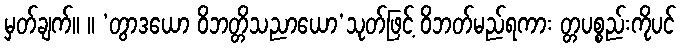
မှတ်ချက်။ ။ ‘တွာဒယော ဝိဘတ္တိသညာယော’သုတ်ဖြင့် ဝိဘတ်မည်ရကား တ္တပစ္စည်းကိုပင်